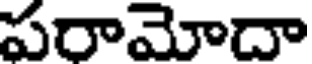
పరామోదా